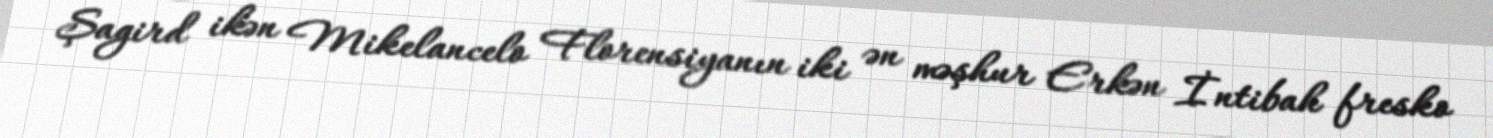
Şagird ikən Mikelancelo Florensiyanın iki ən məşhur Erkən İntibah fresko